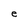
Character: e